Annual report on the Civil Veterinary Department, Burma (including the Insein Veterinary School) - 1923-1931
Year: 1923
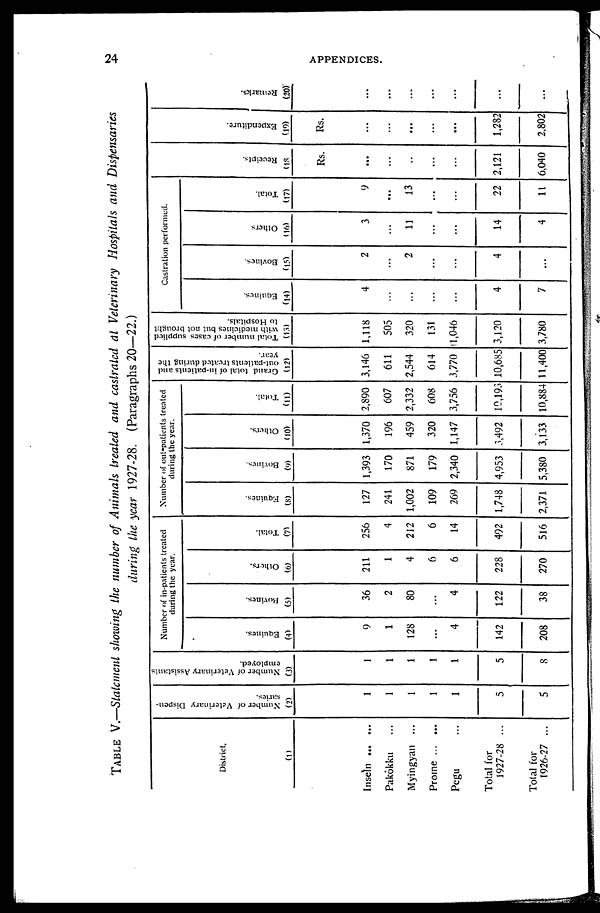
24
APPENDICES.
TABLE V.—Statement showing the number of Animals treated and castrated at Veterinary Hospitals and Dispensaries
during the year 1927-28. (Paragraphs 20—22.)
District.
(1)
Insein ... ...
Pakôkku ...
Myingyan ...
Prome ... ...
Pegu ...
Total for
1927-28 ...
Total for
1926-27 ...
Number of Veterinary Dispen-
saries.
(2)
1
1
1
1
1
5
5
Number of Veterinary Assistants
employed.
(3)
1
1
1
1
1
5
8
Number of in-patients treated
during the year.
Equines.
(4)
9
1
128
...
4
142
208
Bovines.
(5)
36
2
80
...
4
122
38
Others.
(6)
211
1
4
6
6
228
270
Total.
(7)
256
4
212
6
14
492
516
Number of out-patients treated
during the year.
Equines.
(8)
127
241
1,002
109
269
1,748
2,371
Bovines.
(9)
1,393
170
871
179
2,340
4,953
5,380
Others.
(10)
1,370
196
459
320
1,147
3,492
3,133
Total.
(11)
2,890
607
2,332
608
3,756
10,193
10,884
Grand total of in-patients and
out-patients treated during the
year.
(12)
3,146
611
2,544
614
3,770
10,685
11,400
Total number of eases supplied
with medicines but not brought
to Hospitals.
(13)
1,118
505
320
131
1,046
3,120
3,780
Castration performed.
Equines.
(14)
4
...
...
...
...
4
7
Bovines.
(15)
2
...
2
...
...
4
...
Others
(16)
3
...
11
...
...
14
4
Total.
(17)
9
...
13
...
...
22
11
Recei pt s .
(18
Rs.
...
...
...
...
...
2,121
6,040
Expe ndi t
ur e .
(19)
Rs.
...
...
...
...
...
1,282
2,802
Re ma r
ks .
(20)
...
...
...
...
...
...
...